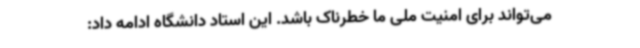
می‌تواند برای امنیت ملی ما خطرناک باشد. این استاد دانشگاه ادامه داد: